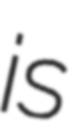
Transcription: is